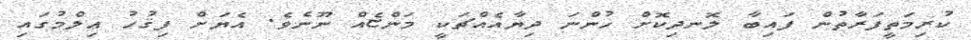
ކުރިމަތީފަރާތުން ފައިބާ ލޮނދިކޮށް ހުންނަ ދިޔާއެއްޗަކީ މަންޏެއް ނޫނެވެ. އެޔަށް ފިޤުހު ޢިލްމުގައި